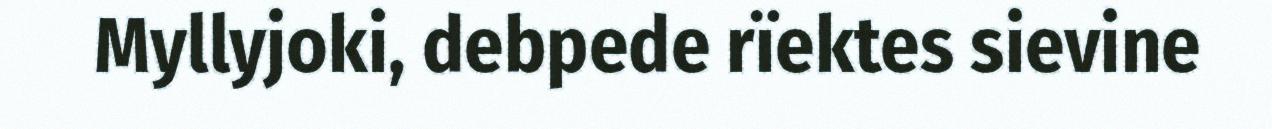
Myllyjoki, debpede rïektes sievine